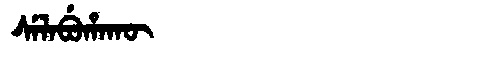
Manchu: ᠰᡝᠯᠠᠪᡠᡥᠠᡴᡡ
Romanization: SELABUHAKŪ